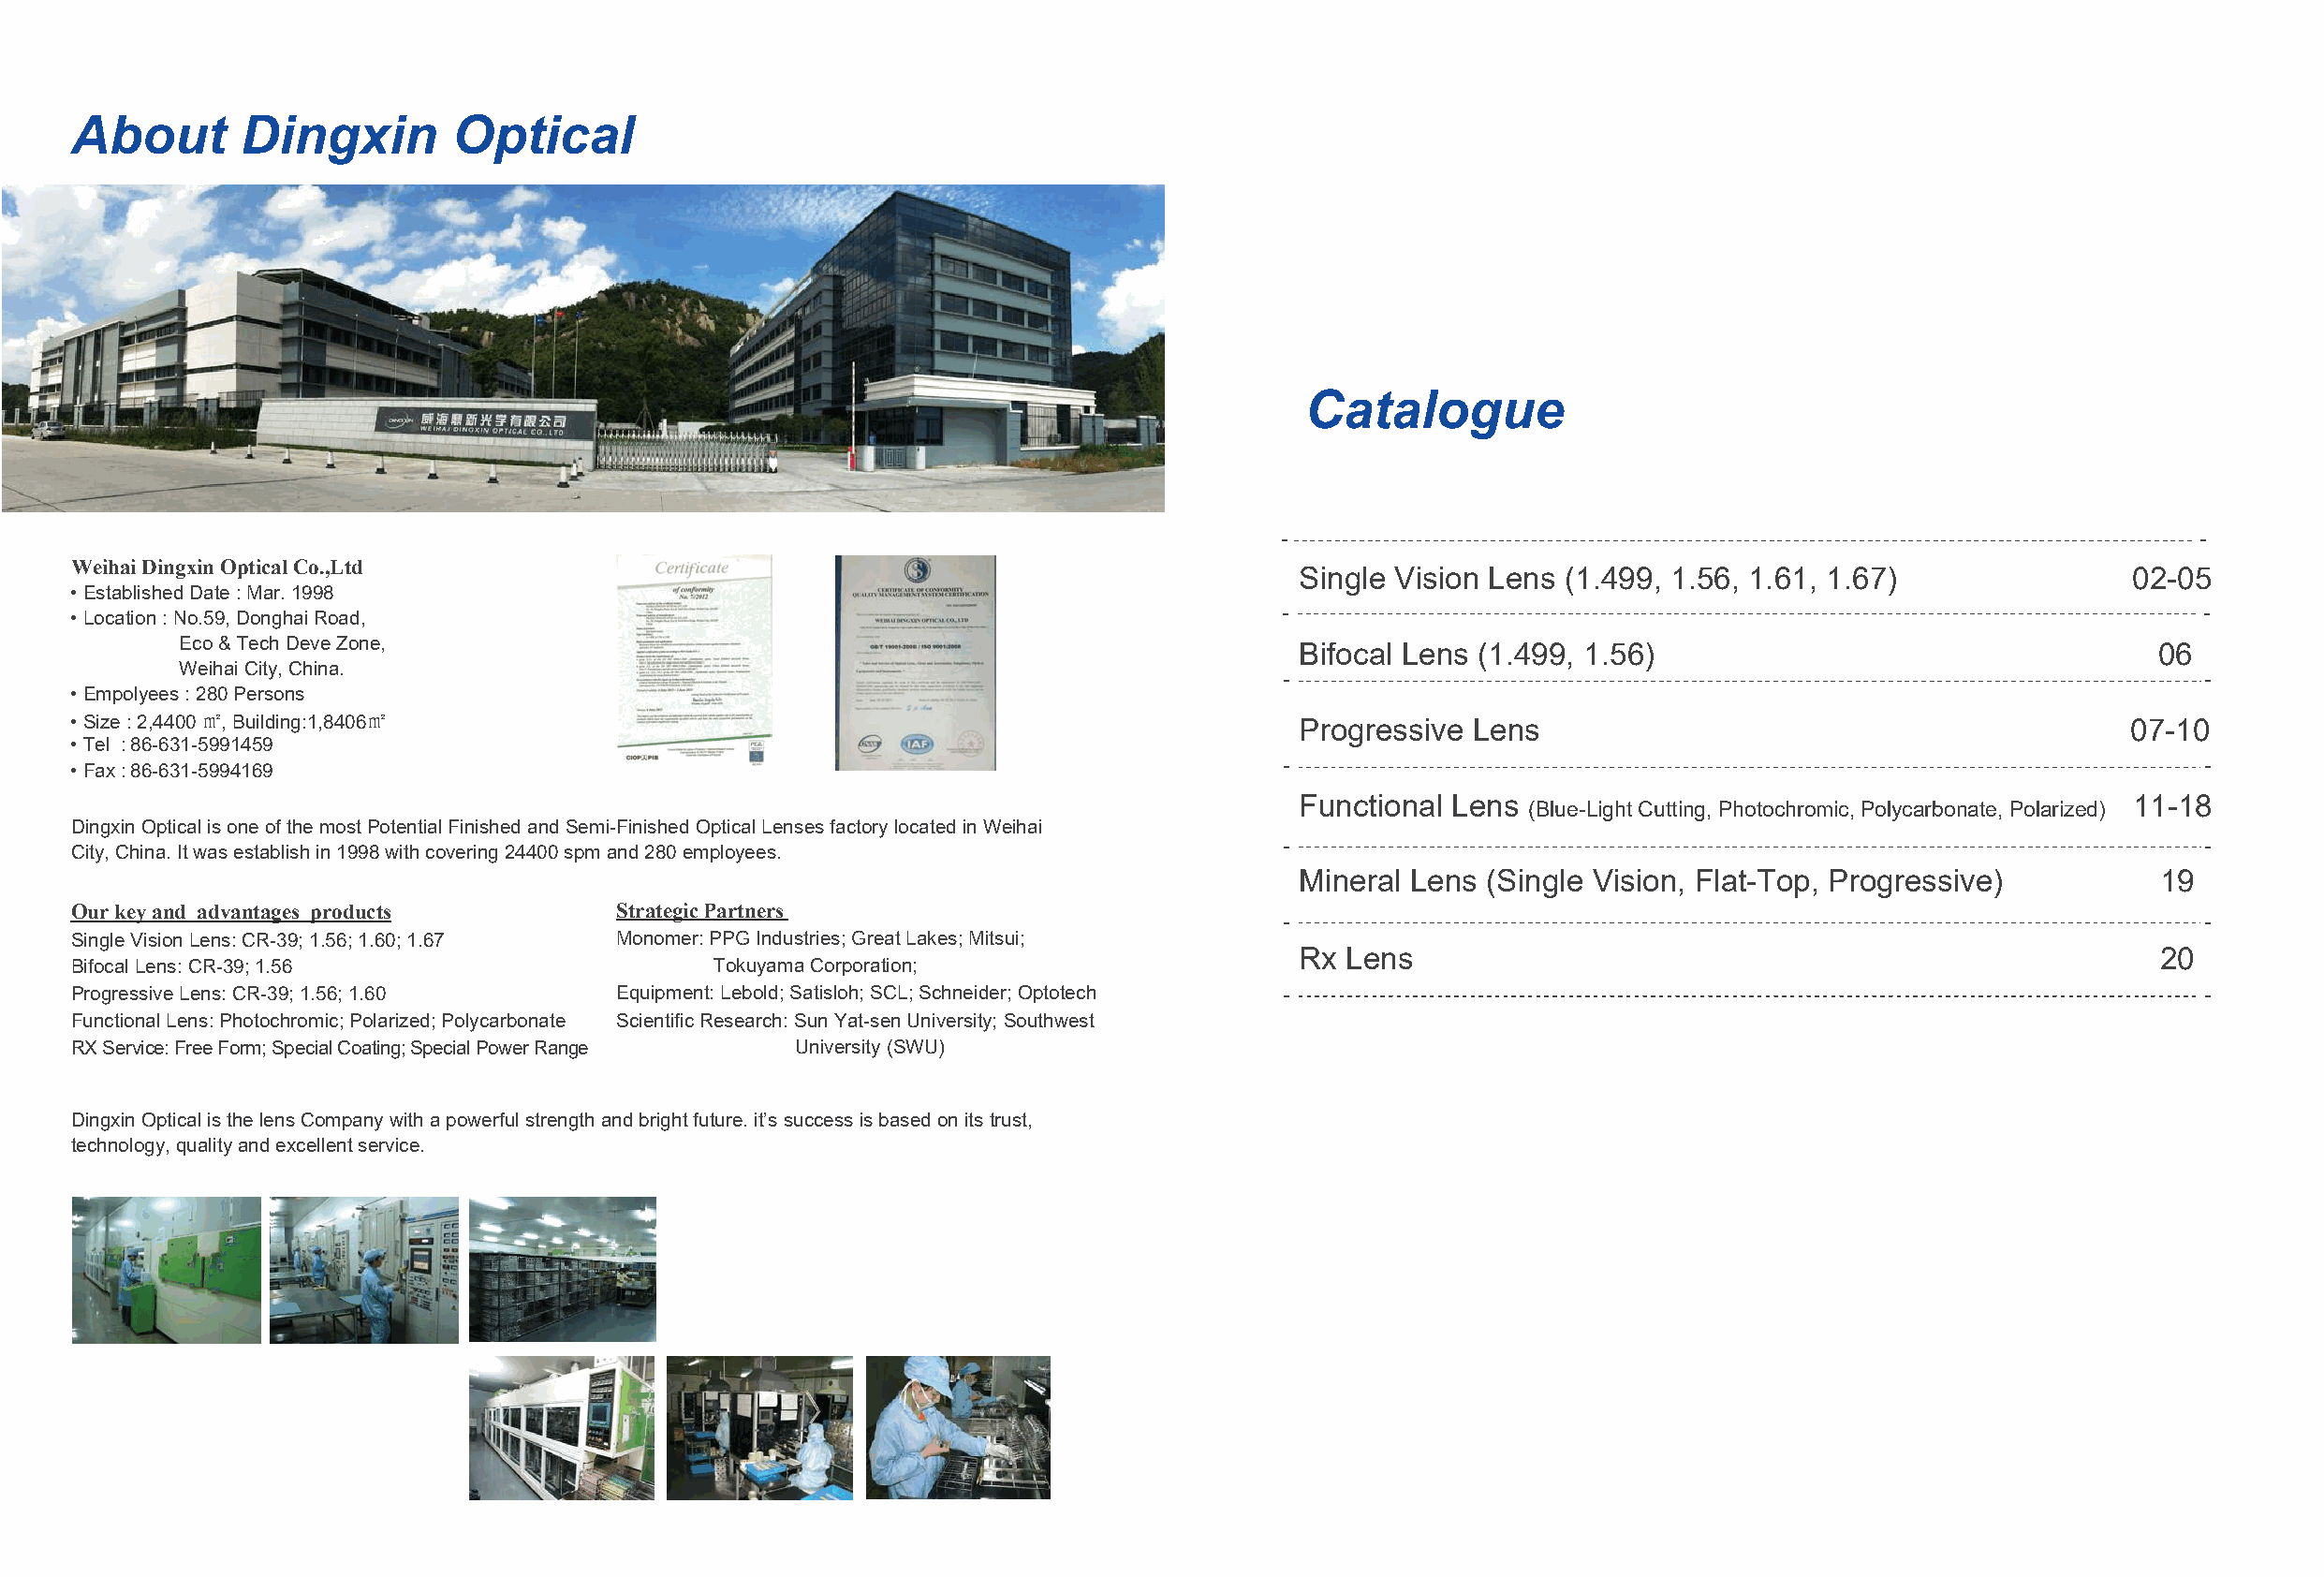
About       Dingxin        Optical
 Catalogue
 WeihaiDingxinOpticalCo.,Ltd
 Single Vision Lens (1.499, 1.56, 1.61, 1.67)               02-05
 •EstablishedDate:Mar.1998
 •Location:No.59,DonghaiRoad,
 Eco&TechDeveZone,
 Bifocal Lens (1.499, 1.56)                                   06
 WeihaiCity, China.
 •Empolyees:280Persons
 •Size:2,4400㎡,Building:1,8406㎡
 Progressive Lens                                           07-10
 •Tel :86-631-5991459
 •Fax:86-631-5994169
 Functional Lens                                            11-18
 (Blue-LightCutting, Photochromic,Polycarbonate,Polarized)
 DingxinOpticalisoneofthemostPotentialFinishedandSemi-FinishedOpticalLensesfactorylocatedinWeihai
 City,China.Itwasestablishin1998withcovering24400spmand280employees.
 Mineral Lens (Single Vision, Flat-Top, Progressive)          19
 Ourkeyand advantages products          StrategicPartners
 SingleVisionLens:CR-39;1.56;1.60;1.67  Monomer:PPGIndustries;GreatLakes;Mitsui;
 Rx Lens                                                      20
 BifocalLens:CR-39;1.56                       TokuyamaCorporation;
 ProgressiveLens:CR-39;1.56;1.60        Equipment:Lebold;Satisloh;SCL;Schneider;Optotech
 FunctionalLens:Photochromic;Polarized;Polycarbonate ScientificResearch:SunYat-senUniversity; Southwest
 RXService:FreeForm;SpecialCoating;SpecialPowerRange University(SWU)
 DingxinOpticalisthelensCompanywithapowerfulstrengthandbrightfuture.it’ssuccessisbasedonitstrust,
 technology, qualityandexcellentservice.